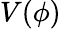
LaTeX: V(\phi)